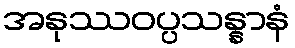
အနုဿဝပ္ပသန္နာနံ